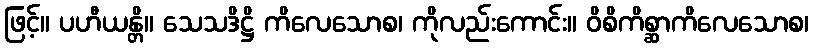
ဖြင့်။ ပဟီယန္တိ။ သေသဒိဋ္ဌိ ကိလေသောစ၊ ကိုလည်းကောင်း။ ဝိစိကိစ္ဆာကိလေသောစ၊